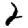
Digit: 2